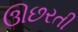
ઊછરતી